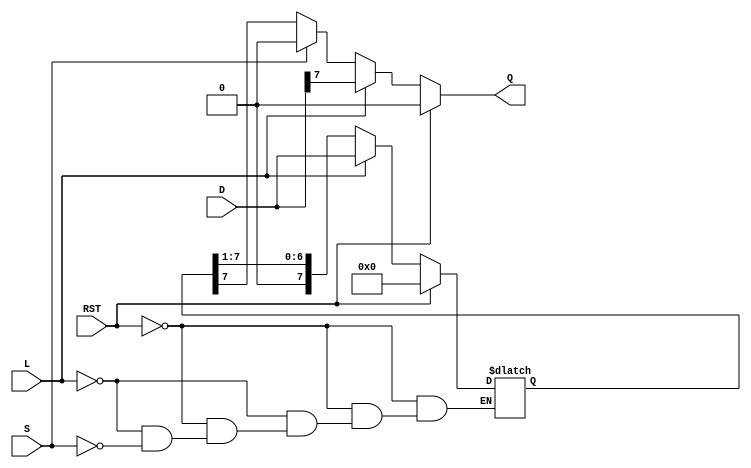
module async_piso #(
    parameter N = 8 // Number of bits in the register
)(
    input [N-1:0] D,    // Parallel Data input
    input L,            // Load signal
    input S,            // Shift signal
    input RST,          // Asynchronous reset
    output reg Q        // Serial Data output
);

    reg [N-1:0] shift_reg; // Shift register to hold data

    // Asynchronous reset and loading data
    always @* begin
        if (RST) begin
            shift_reg = {N{1'b0}}; // Clear the shift register
            Q = 1'b0;              // Ensure output is zero
        end else if (L) begin
            shift_reg = D;         // Load parallel data into shift register
            Q = shift_reg[N-1];    // Output the first bit
        end else if (S) begin
            shift_reg = {1'b0, shift_reg[N-1:1]}; // Shift right the register
            Q = shift_reg[N-1];    // Output the first bit after shift
        end else begin
            Q = shift_reg[N-1];    // Maintain output state
        end
    end

endmodule